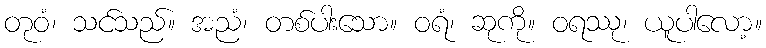
တုဝံ၊ သင်သည်။ အညံ၊ တစ်ပါးသော။ ဝရံ၊ ဆုကို။ ဝရဿု၊ ယူပါလော့။